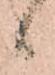
る